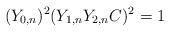
LaTeX: \begin{align*}(Y_{0,n})^{2} (Y_{1,n} Y_{2,n} C)^{2} &= 1 \end{align*}